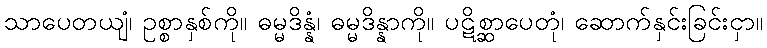
သာပေတယျံ၊ ဥစ္စာနှစ်ကို။ ဓမ္မဒိန္နံ၊ ဓမ္မဒိန္နာကို။ ပဋိစ္ဆာပေတုံ၊ ဆောက်နှင်းခြင်းငှာ။